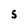
Character: S